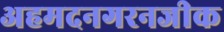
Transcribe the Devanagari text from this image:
अहमदनगरनजीक